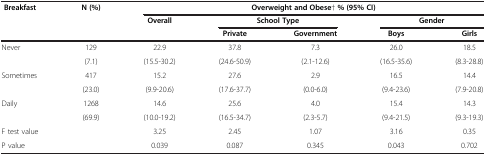
| Breakfast | N (%) | <COLSPAN=5> Overweight and Obese† % (95% CI) |
 |  |  | Overall | <COLSPAN=2> School Type | <COLSPAN=2> Gender |
 |  |  |  | Private | Government | Boys | Girls |
 | --- | --- | --- | --- | --- | --- | --- |
 | Never | 129 | 22.9 | 37.8 | 7.3 | 26.0 | 18.5 |
 |  | (7.1) | (15.5-30.2) | (24.6-50.9) | (2.1-12.6) | (16.5-35.6) | (8.3-28.8) |
 | Sometimes | 417 | 15.2 | 27.6 | 2.9 | 16.5 | 14.4 |
 |  | (23.0) | (9.9-20.6) | (17.6-37.7) | (0.0-6.0) | (9.4-23.6) | (7.9-20.8) |
 | Daily | 1268 | 14.6 | 25.6 | 4.0 | 15.4 | 14.3 |
 |  | (69.9) | (10.0-19.2) | (16.5-34.7) | (2.3-5.7) | (9.4-21.5) | (9.3-19.3) |
 | F test value |  | 3.25 | 2.45 | 1.07 | 3.16 | 0.35 |
 | P value |  | 0.039 | 0.087 | 0.345 | 0.043 | 0.702 |